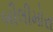
બીલીમોરા